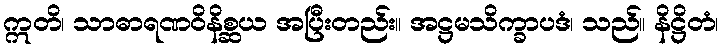
ဣတိ၊ သာဓာရဏဝိနိစ္ဆယ အပြီးတည်း။ အဋ္ဌမသိက္ခာပဒံ၊ သည်။ နိဋ္ဌိတံ၊